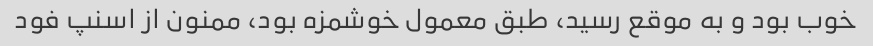
خوب بود و به موقع رسید، طبق معمول خوشمزه بود، ممنون از اسنپ فود